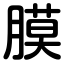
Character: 膜